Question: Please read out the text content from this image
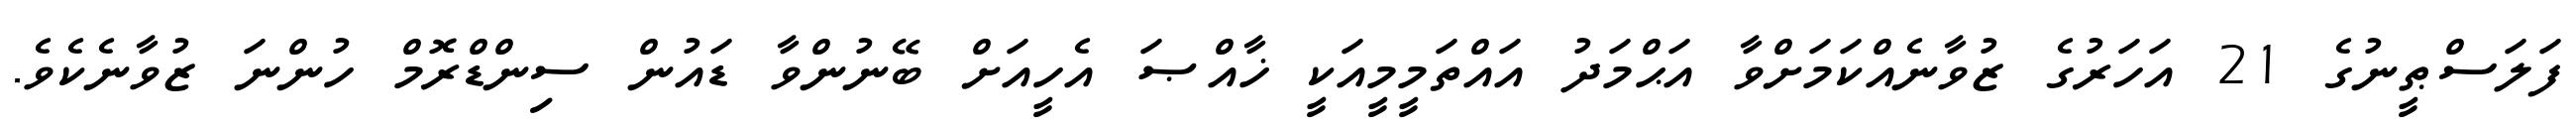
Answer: ފަލަސްޠީނުގެ 21 އަހަރުގެ ޒުވާނެއްކަމަށްވާ އަޙްމަދު އައްތަމީމީއަކީ ޚާއްޞަ އެހީއަށް ބޭނުންވާ ޑައުން ސިންޑްރޮމް ހުންނަ ޒުވާނެކެވެ.